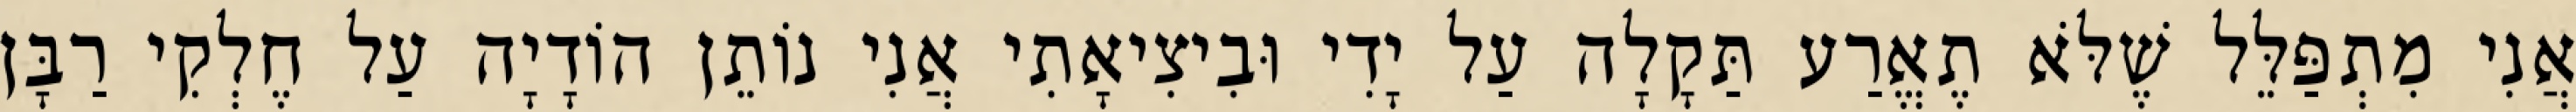
אֲנִי מִתְפַּלֵּל שֶׁלֹּא תֶאֱרַע תַּקָלָה עַל יָדִי וּבִיצִיאָתִי אֲנִי נוֹתֵן הוֹדָיָה עַל חֶלְקִי רַבָּן